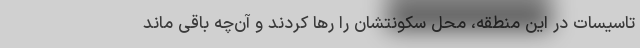
تاسیسات در این منطقه، محل سکونتشان را رها کردند و آن‌چه باقی ماند